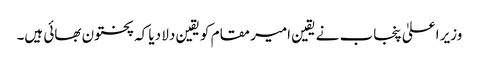
وزیر اعلیٰ پنجاب نے یقین امیر مقام کو یقین دلا دیا کہ پختون بھائی ہیں۔